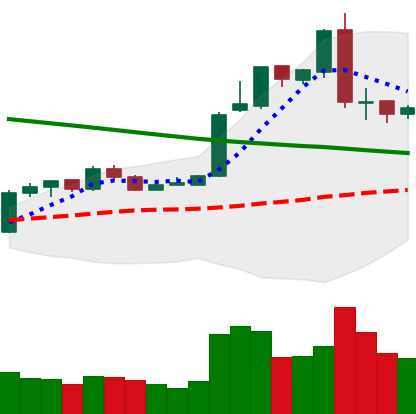
Ticker: EOS-USD
Chart end date: 2019-02-27
Forward return: -7.181%
Label: down_7plus